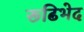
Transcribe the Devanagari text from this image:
रूढिभेद